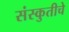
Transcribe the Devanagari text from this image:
संस्कुतीचे